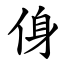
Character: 㑗